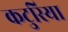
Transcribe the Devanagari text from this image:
कटुरिया